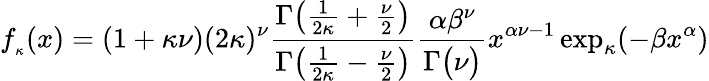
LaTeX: f_{_{\kappa}}(x)=(1+\kappa\nu)(2\kappa)^{\nu}{\frac{\Gamma{\big(}{\frac{1}{2\kappa}}+{\frac{\nu}{2}}{\big)}}{\Gamma{\big(}{\frac{1}{2\kappa}}-{\frac{\nu}{2}}{\big)}}}{\frac{\alpha\beta^{\nu}}{\Gamma{\big(}\nu{\big)}}}x^{\alpha\nu-1}\exp_{\kappa}(-\beta x^{\alpha})